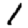
Digit: 1